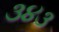
૩૪૩